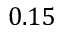
0 . 1 5